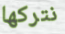
نتركها